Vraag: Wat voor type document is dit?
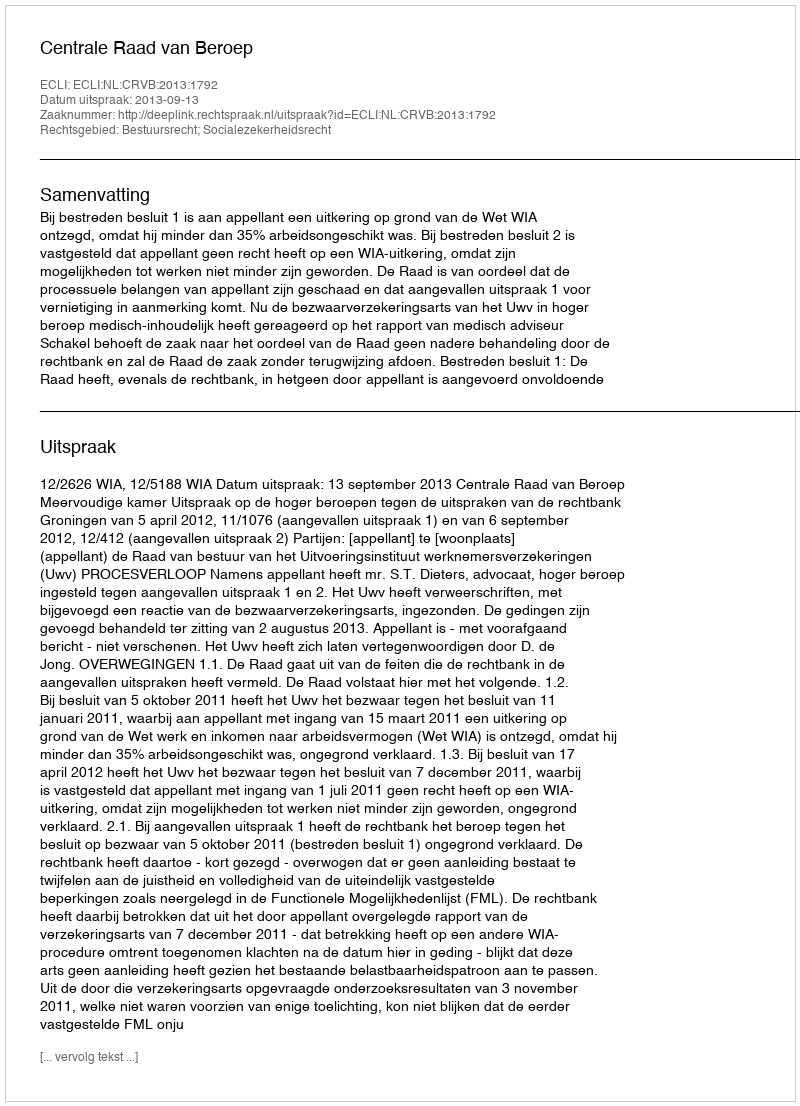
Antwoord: Uitspraak